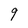
Character: g